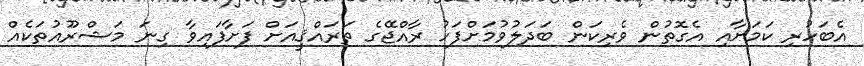
އެބަހުރި ކަމަށާއި އެގޮތުން ވެރިކަން ބަދަލުވުމަށްފަހު ރާއްޖޭގެ ތަރައްޤީއަށް ފަށާފައިވާ ގިނަ މަޝްރޫއުތަކެއް